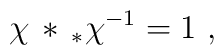
\chi \, * \,_{*}\chi^{-1} = 1\,\,,